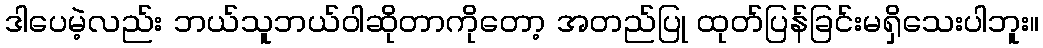
ဒါပေမဲ့လည်း ဘယ်သူဘယ်ဝါဆိုတာကိုတော့ အတည်ပြု ထုတ်ပြန်ခြင်းမရှိသေးပါဘူး။